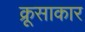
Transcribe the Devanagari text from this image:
क्रूसाकार